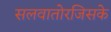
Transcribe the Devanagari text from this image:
सलवातोरजिसके